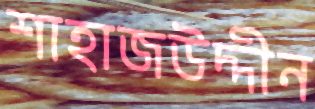
শাহাজউদ্দীন